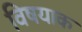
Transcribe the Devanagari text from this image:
विषयाक